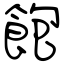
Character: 飽